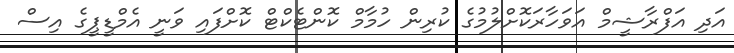
އަދި އަފްރާޝީމް އަވަހާރަކޮށްލުމުގެ ކުރިން ހުމާމް ކޮންޓެކްޓް ކޮށްފައި ވަނީ އެމްޑީޕީގެ އިސް